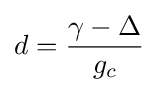
d={\frac {\gamma -\Delta }{g_{c}}}